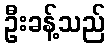
ဦးခန့်သည်